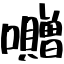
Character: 囎